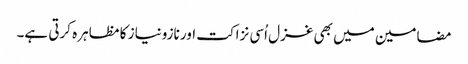
مضامین میں بھی غزل اُسی نزاکت اور نازونیاز کا مظاہرہ کرتی ہے۔